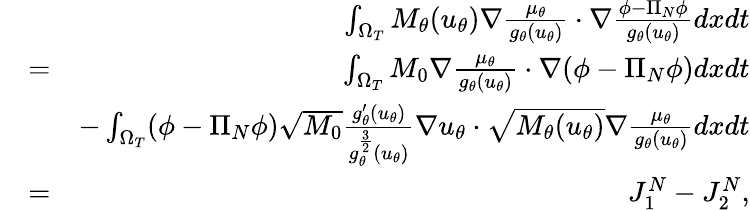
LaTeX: \begin{array}{rlr}&{}&{\int_{\Omega_{T}}M_{\theta}(u_{\theta})\nabla\frac{\mu_{\theta}}{g_{\theta}(u_{\theta})}\cdot\nabla\frac{\phi-\Pi_{N}\phi}{g_{\theta}(u_{\theta})}dxdt}\\ &{=}&{\int_{\Omega_{T}}M_{0}\nabla\frac{\mu_{\theta}}{g_{\theta}(u_{\theta})}\cdot\nabla(\phi-\Pi_{N}\phi)dxdt}\\ &{}&{-\int_{\Omega_{T}}(\phi-\Pi_{N}\phi)\sqrt{M_{0}}\frac{g_{\theta}^{\prime}(u_{\theta})}{g_{\theta}^{\frac{3}{2}}(u_{\theta})}\nabla u_{\theta}\cdot\sqrt{M_{\theta}(u_{\theta})}\nabla\frac{\mu_{\theta}}{g_{\theta}(u_{\theta})}dxdt}\\ &{=}&{J_{1}^{N}-J_{2}^{N},}\end{array}